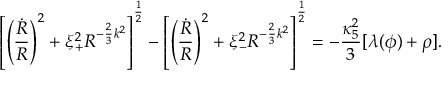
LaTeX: \left[ \left( { \frac { \dot { R } } { R } } \right) ^ { 2 } + \xi _ { + } ^ { 2 } R ^ { - { \frac { 2 } { 3 } } k ^ { 2 } } \right] ^ { \frac { 1 } { 2 } } - \left[ \left( { \frac { \dot { R } } { R } } \right) ^ { 2 } + \xi _ { - } ^ { 2 } R ^ { - { \frac { 2 } { 3 } } k ^ { 2 } } \right] ^ { \frac { 1 } { 2 } } = - { \frac { \kappa _ { 5 } ^ { 2 } } { 3 } } [ \lambda ( \phi ) + \rho ] .